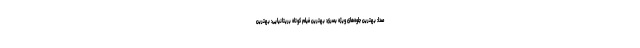
صدا: بهترین جلوه‌های ویژه بصری: بهترین فیلم کوتاه بریتانیایی: بهترین